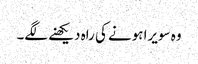
وہ سویرا ہونے کی راہ دیکھنے لگے۔